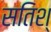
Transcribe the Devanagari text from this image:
सतिश्